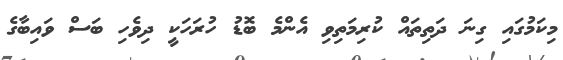
މިކަމުގައި ގިނަ ދަތިތައް ކުރިމަތިވި އެންމެ ބޮޑު ހުރަހަކީ ދިވެހި ބަސް ވައިބާގެ